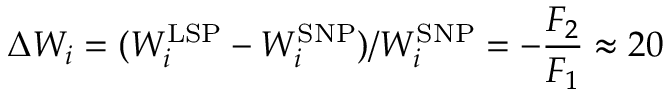
\Delta W _ { i } = ( W _ { i } ^ { \mathrm { L S P } } - W _ { i } ^ { \mathrm { S N P } } ) / W _ { i } ^ { \mathrm { S N P } } = - \frac { F _ { 2 } } { F _ { 1 } } \approx 2 0 \